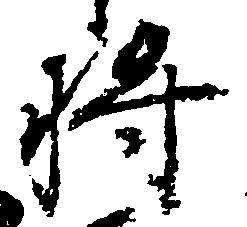
将